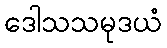
ဒေါသသမုဒယံ